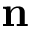
\mathbf { n }